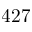
4 2 7